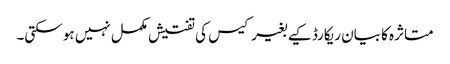
متاثرہ کا بیان ریکارڈ کیے بغیر کیس کی تفتیش مکمل نہیں ہو سکتی۔